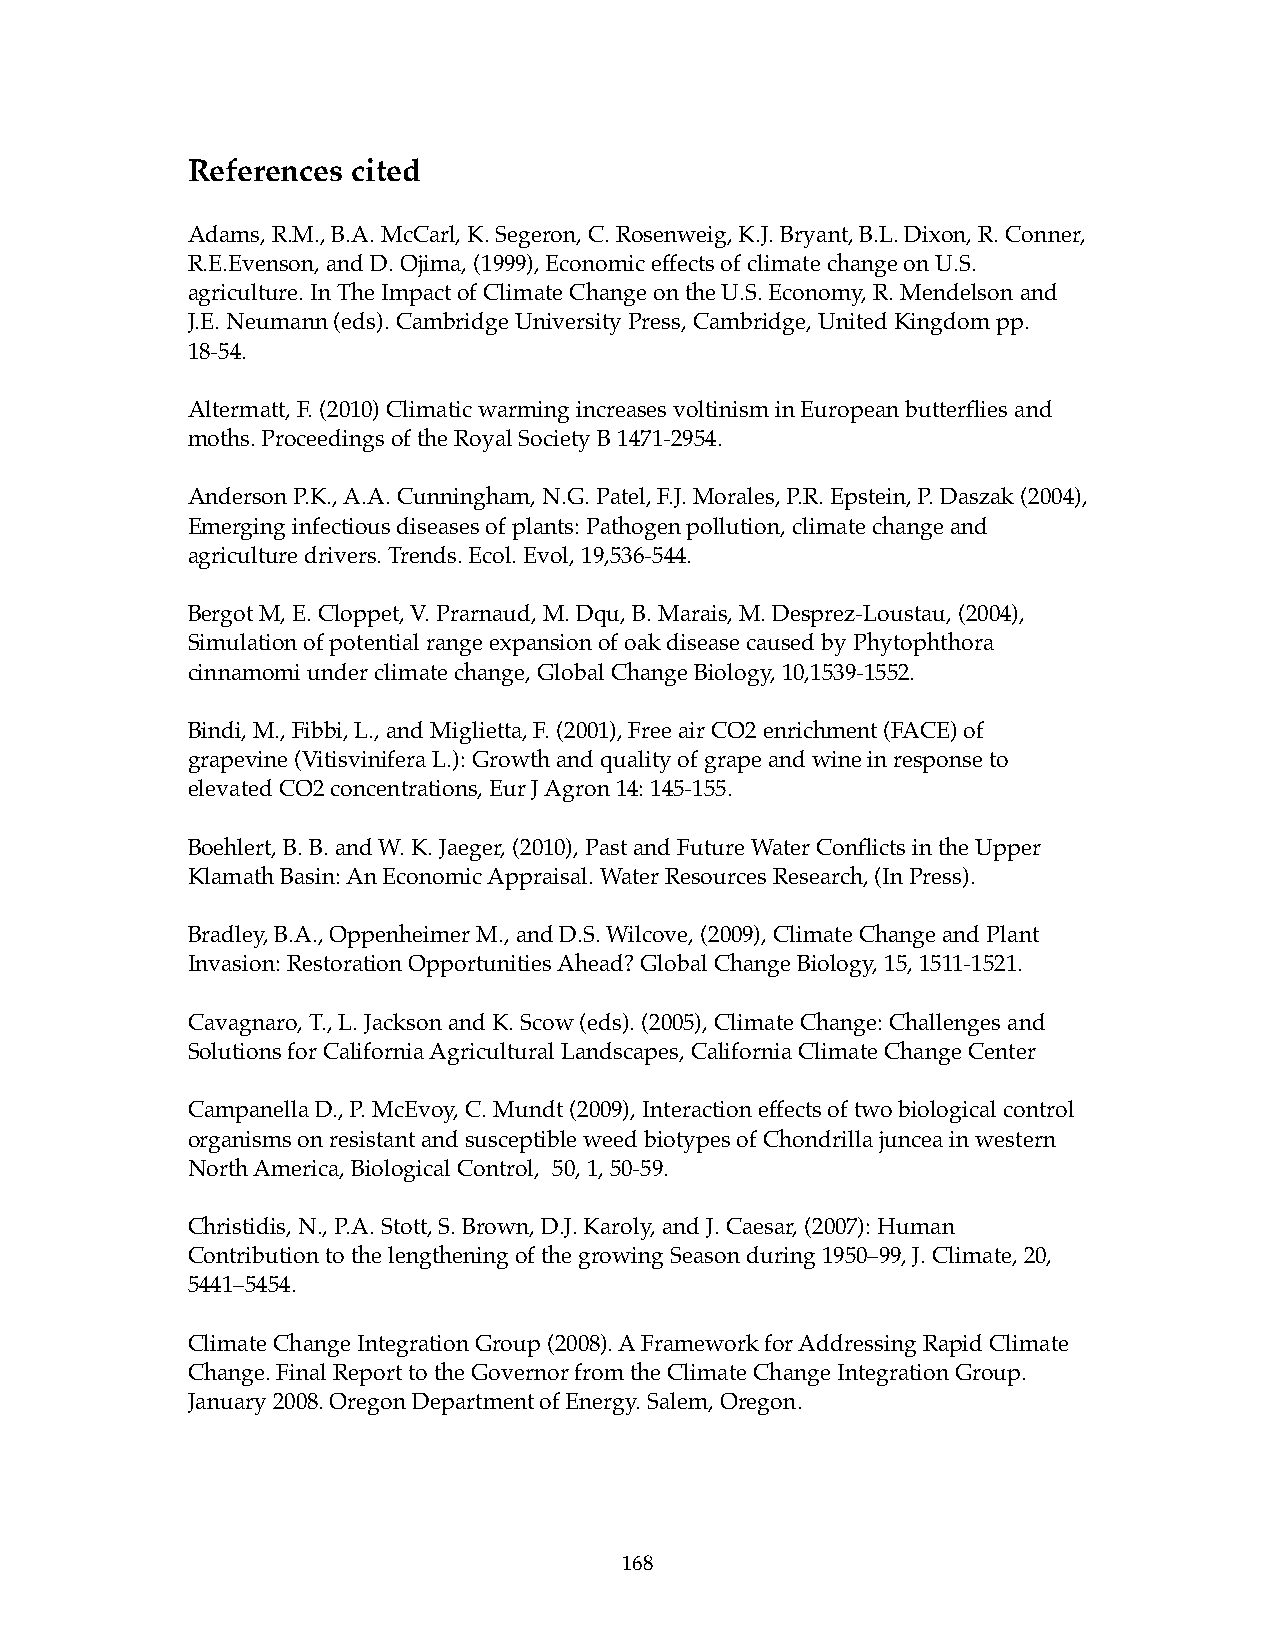
References cited
 Adams, R.M., B.A. McCarl, K. Segeron, C. Rosenweig, K.J. Bryant, B.L. Dixon, R. Conner,
 R.E.Evenson, and D. Ojima, (1999), Economic effects of climate change on U.S.
 agriculture. In The Impact of Climate Change on the U.S. Economy, R. Mendelson and
 J.E. Neumann (eds). Cambridge University Press, Cambridge, United Kingdom pp.
 18-54.
 Altermatt, F. (2010) Climatic warming increases voltinism in European butterflies and
 moths. Proceedings of the Royal Society B 1471-2954.
 Anderson P.K., A.A. Cunningham, N.G. Patel, F.J. Morales, P.R. Epstein, P. Daszak (2004),
 Emerging infectious diseases of plants: Pathogen pollution, climate change and
 agriculture drivers. Trends. Ecol. Evol, 19,536-544.
 Bergot M, E. Cloppet, V. Prarnaud, M. Dqu, B. Marais, M. Desprez-Loustau, (2004),
 Simulation of potential range expansion of oak disease caused by Phytophthora
 cinnamomi under climate change, Global Change Biology, 10,1539-1552.
 Bindi, M., Fibbi, L., and Miglietta, F. (2001), Free air CO2 enrichment (FACE) of
 grapevine (Vitisvinifera L.): Growth and quality of grape and wine in response to
 elevated CO2 concentrations, Eur J Agron 14: 145-155.
 Boehlert, B. B. and W. K. Jaeger, (2010), Past and Future Water Conflicts in the Upper
 Klamath Basin: An Economic Appraisal. Water Resources Research, (In Press).
 Bradley, B.A., Oppenheimer M., and D.S. Wilcove, (2009), Climate Change and Plant
 Invasion: Restoration Opportunities Ahead? Global Change Biology, 15, 1511-1521.
 Cavagnaro, T., L. Jackson and K. Scow (eds). (2005), Climate Change: Challenges and
 Solutions for California Agricultural Landscapes, California Climate Change Center
 Campanella D., P. McEvoy, C. Mundt (2009), Interaction effects of two biological control
 organisms on resistant and susceptible weed biotypes of Chondrilla juncea in western
 North America, Biological Control, 50, 1, 50-59.
 Christidis, N., P.A. Stott, S. Brown, D.J. Karoly, and J. Caesar, (2007): Human
 Contribution to the lengthening of the growing Season during 1950–99, J. Climate, 20,
 5441–5454.
 Climate Change Integration Group (2008). A Framework for Addressing Rapid Climate
 Change. Final Report to the Governor from the Climate Change Integration Group.
 January 2008. Oregon Department of Energy. Salem, Oregon.
 168